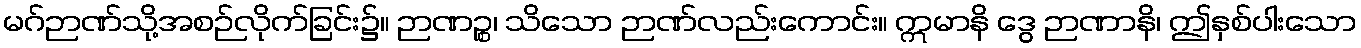
မဂ်ဉာဏ်သို့အစဉ်လိုက်ခြင်း၌။ ဉာဏဉ္စ၊ သိသော ဉာဏ်လည်းကောင်း။ ဣမာနိ ဒွေ ဉာဏာနိ၊ ဤနှစ်ပါးသော